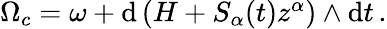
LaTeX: \begin{array}{r}{\Omega_{c}=\omega+\mathrm{d}\left(H+S_{\alpha}(t)z^{\alpha}\right)\wedge\mathrm{d}t\, .}\end{array}